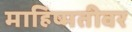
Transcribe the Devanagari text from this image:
माहिष्मतीवर